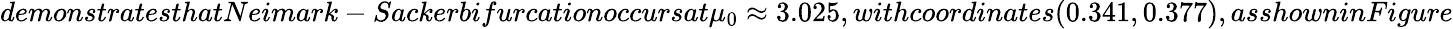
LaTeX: demonstratesthatNeimark-Sackerbifurcationoccursat\mu_{0}\approx 3.025,withcoordinates(0.341,0.377),asshowninFigure